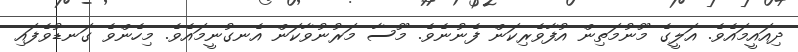
ދިއައީމައެވެ. އަލީގެ މޫނުމަތިން އުފާވެރިކަން ފެނުނެވެ. މޫސާ މަރުނުވާކަން އެނގުނީމައެވެ. މިހެންވެ ގަނޑުވެފައި